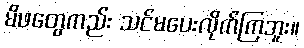
မိဖတွေကည်း သင်မပေးလိုက်ကြဘူး။